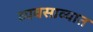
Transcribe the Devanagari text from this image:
व्यवसाव्यात